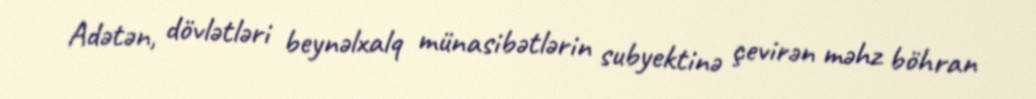
Adətən, dövlətləri beynəlxalq münasibətlərin subyektinə çevirən məhz böhran